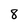
Character: 8